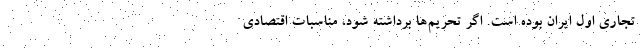
تجاری اول ایران بوده است. اگر تحریم‌ها برداشته شود، مناسبات اقتصادی